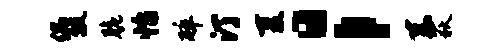
偶瓢脆怡碎汀夏；系荻